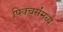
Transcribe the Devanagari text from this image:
पिक्चर्संमध्ये